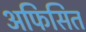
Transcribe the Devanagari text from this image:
अफिसित